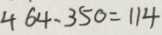
4 6 4 - 3 5 0 = 1 1 4